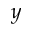
y